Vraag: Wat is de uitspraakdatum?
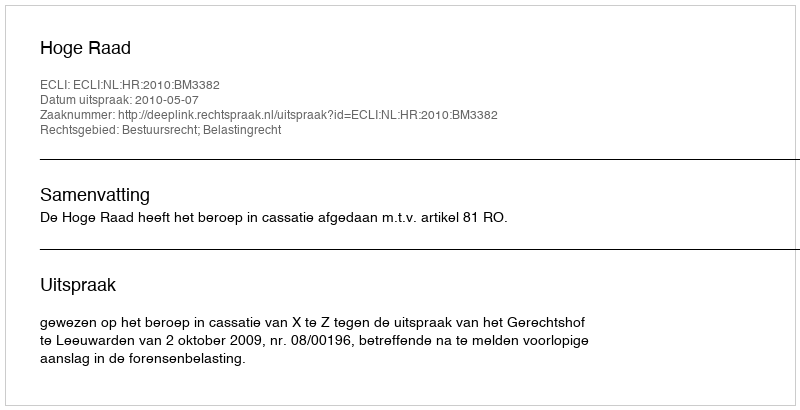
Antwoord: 2010-05-07